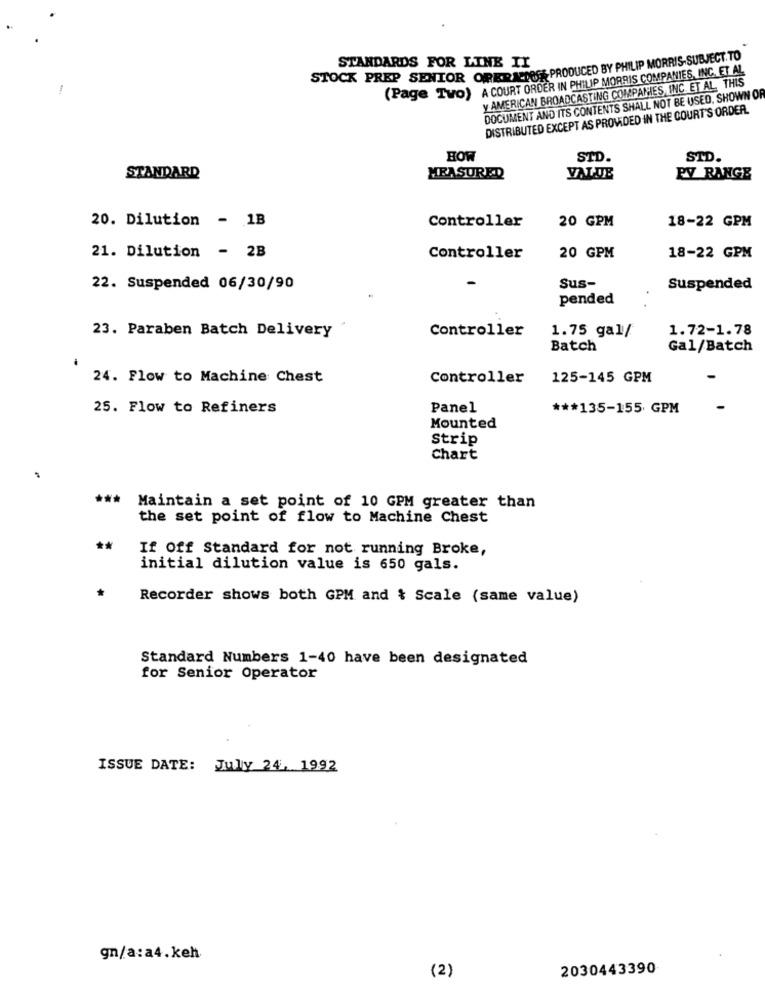
STOCK PREP SENIOR ORERADOG PRODUCED BY PHILIP MORRIS-SUBJECT.TO
STANDARDS FOR LINE II
(Page Two) A COURT ORDER IN PHILIP MORRIS COMPANIES, INC. ET AL
y AMERICAN BROADCASTING COMPANIES, INC. ET AL. THIS
DOCUMENT AND ITS CONTENTS SHALL NOT BE USED, SHOWN OR
DISTRIBUTED EXCEPT AS PROVIDED IN THE COURT'S ORDER.
HOW
STD.
STD.
VALUE
STANDARD
MEASURED
PY RANGE
20. Dilution - 1B
20 GPM
18-22 GPM
Controller
21. Dilution - 2B
Controller
20 GPM
18-22 GPM
22. Suspended 06/30/90
Sus-
Suspended
pended
23. Paraben Batch Delivery
Controller
1.72-1.78
1.75 gal/
Batch
Gal/Batch
24. Flow to Machine Chest
Controller
125-145 GPM
25. Flow to Refiners
Panel
*** 135-155 GPM
Mounted
Strip
Chart
***
Maintain a set point of 10 GPM greater than
the set point of flow to Machine Chest
If Off Standard for not running Broke,
initial dilution value is 650 gals.
Recorder shows both GPM and { Scale (same value)
Standard Numbers 1-40 have been designated
for Senior Operator
ISSUE DATE: July 24, 1992
gn/a:a4.keh
2030443390
(2)